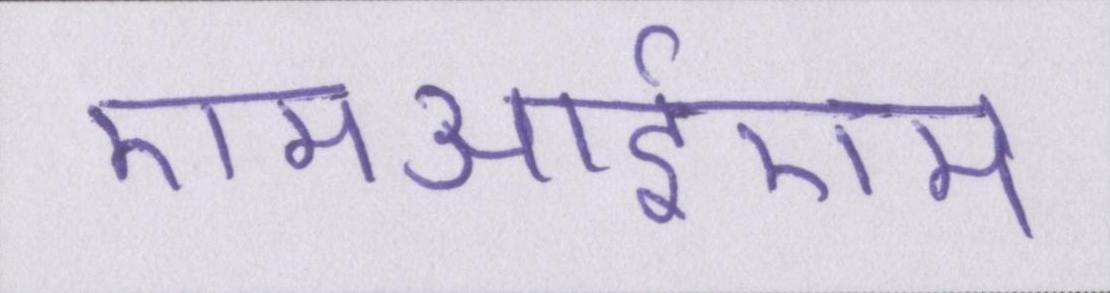
एमआईएम